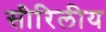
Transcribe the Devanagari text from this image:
सीरिलीय